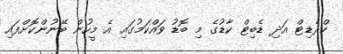
ކްރެޑިޓް އަދި ޑެބިޓް ކާޑުގެ މި ބޮޑު ވައްކަމުގައި އެ މީހުން ބޭނުންކޮށްފައި